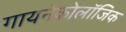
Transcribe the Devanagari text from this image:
गायनेकोलॉजिक